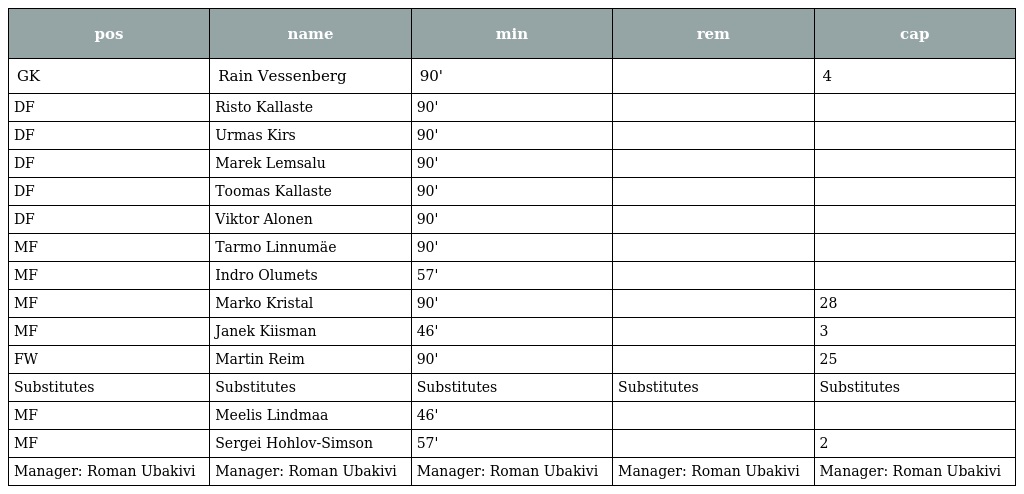
| pos | name | min | rem | cap |
 | --- | --- | --- | --- | --- |
 | GK | Rain Vessenberg | 90' |  | 4 |
 | DF | Risto Kallaste | 90' |  |  |
 | DF | Urmas Kirs | 90' |  |  |
 | DF | Marek Lemsalu | 90' |  |  |
 | DF | Toomas Kallaste | 90' |  |  |
 | DF | Viktor Alonen | 90' |  |  |
 | MF | Tarmo Linnumäe | 90' |  |  |
 | MF | Indro Olumets | 57' |  |  |
 | MF | Marko Kristal | 90' |  | 28 |
 | MF | Janek Kiisman | 46' |  | 3 |
 | FW | Martin Reim | 90' |  | 25 |
 | Substitutes | Substitutes | Substitutes | Substitutes | Substitutes |
 | MF | Meelis Lindmaa | 46' |  |  |
 | MF | Sergei Hohlov-Simson | 57' |  | 2 |
 | Manager: Roman Ubakivi | Manager: Roman Ubakivi | Manager: Roman Ubakivi | Manager: Roman Ubakivi | Manager: Roman Ubakivi |